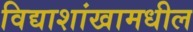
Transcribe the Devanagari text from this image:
विद्याशांखामधील